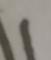
Signature authenticity: forged